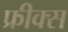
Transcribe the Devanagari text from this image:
फ्रीक्स